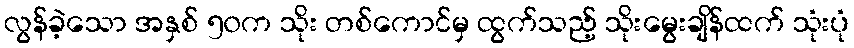
လွန်ခဲ့သော အနှစ် ၅၀က သိုး တစ်ကောင်မှ ထွက်သည့် သိုးမွေးချိန်ထက် သုံးပုံ